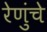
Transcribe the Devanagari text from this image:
रेणुंचे